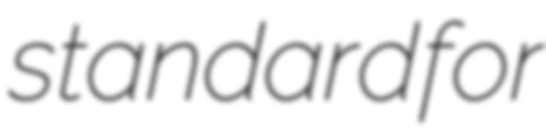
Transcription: standard for